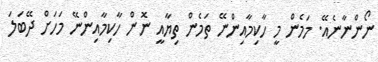
ނޯންނާނެއޭ. މަމެން މީ ހާކިމާއިންނޭ ތަމެން ތިޔާއީ ނޮން ހާކިމާއިންނޭ މަހަށް ދޭބަލަ